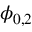
\phi _ { 0 , 2 }